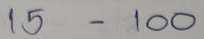
15 - 100